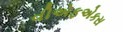
વીએફએકસ